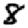
Digit: 8